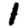
Digit: 1